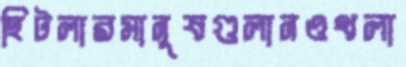
হিটলারমানুষগুলানওথলা